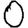
Digit: 0